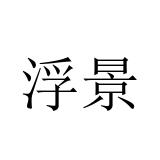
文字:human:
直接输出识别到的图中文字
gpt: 浮景